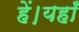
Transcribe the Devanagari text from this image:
हें।यहाँ